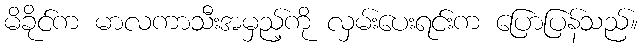
မိခိုင်က မာလကာသီးအမှည့်ကို လှမ်းပေးရင်းက ပြောပြန်သည်။